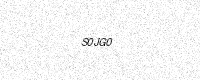
Text: S0JG0